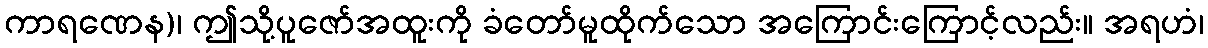
ကာရဏေန)၊ ဤသို့ပူဇော်အထူးကို ခံတော်မူထိုက်သော အကြောင်းကြောင့်လည်း။ အရဟံ၊